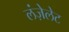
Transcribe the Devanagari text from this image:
लंज़ेलेट